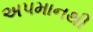
અપમાનથી